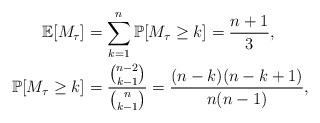
LaTeX: \begin{align*}\mathbb{E}[M_{\tau}]&=\sum_{k=1}^{n}\mathbb{P}[M_{\tau}\ge k]=\frac{n+1}{3},\\\,\,~\mathbb{P}[M_{\tau}\ge k]&=\frac{\binom{n-2}{k-1}}{\binom{n}{k-1}}=\frac{(n-k)(n-k+1)}{n(n-1)},\end{align*}